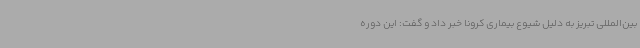
بین‌المللی تبریز به دلیل شیوع بیماری کرونا خبر داد و گفت: این دوره